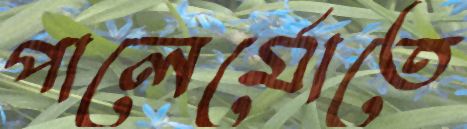
পালের্মোতে